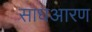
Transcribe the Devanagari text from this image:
साधआरण